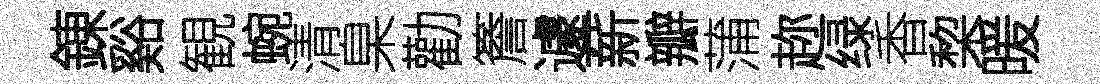
錬谿観蜿清臬勸簷遽薪瓣蒲趂绿香棃暖